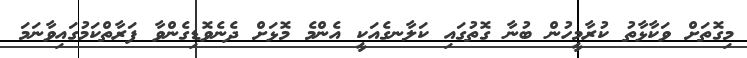
މިގޮތަށް ވަކާޅާތު ކުރާމީހުން ބުނާ ގޮތުގައި ކަލާނގެއަކީ އެންމެ މޮޅަށް ދެނެވޮޑިގެންވާ ފަރާތްކަމުގައިވާނަމަ